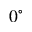
0 ^ { \circ }